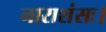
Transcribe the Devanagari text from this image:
नाराशंसः।